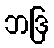
ဘဒြ